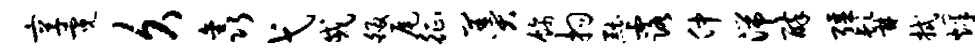
享霓久鑫弋戚皈尾征羹饰拘黜露仲湍醉强髯拭烽